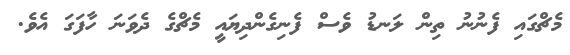
މެޗްގައި ފެނުނު ތިން ލަނޑު ވެސް ފެނިގެންދިޔައީ މެޗްގެ ދެވަނަ ހާފަގަ އެވެ.